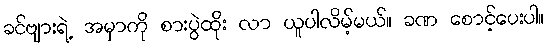
ခင်ဗျားရဲ့ အမှာကို စားပွဲထိုး လာ ယူပါလိမ့်မယ်။ ခဏ စောင့်ပေးပါ။